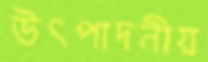
উৎপাদনীয়